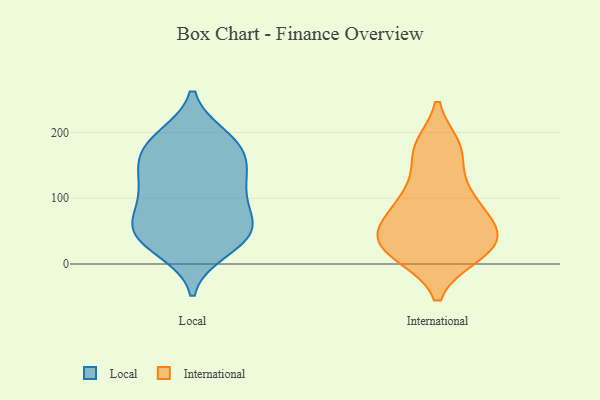
{"axis": {"x": "Page Views", "y": "Value"}, "legend": ["International", "Local"], "data": [{"x": "", "y": 112, "type": "Local"}, {"x": "", "y": 109, "type": "Local"}, {"x": "", "y": 21, "type": "Local"}, {"x": "", "y": 155, "type": "Local"}, {"x": "", "y": 193, "type": "Local"}, {"x": "", "y": 61, "type": "Local"}, {"x": "", "y": 181, "type": "Local"}, {"x": "", "y": 65, "type": "Local"}, {"x": "", "y": 181, "type": "Local"}, {"x": "", "y": 148, "type": "Local"}, {"x": "", "y": 190, "type": "Local"}, {"x": "", "y": 124, "type": "Local"}, {"x": "", "y": 33, "type": "Local"}, {"x": "", "y": 60, "type": "Local"}, {"x": "", "y": 149, "type": "Local"}, {"x": "", "y": 50, "type": "Local"}, {"x": "", "y": 53, "type": "Local"}, {"x": "", "y": 98, "type": "Local"}, {"x": "", "y": 31, "type": "Local"}, {"x": "", "y": 103, "type": "International"}, {"x": "", "y": 40, "type": "International"}, {"x": "", "y": 33, "type": "International"}, {"x": "", "y": 171, "type": "International"}, {"x": "", "y": 59, "type": "International"}, {"x": "", "y": 177, "type": "International"}, {"x": "", "y": 15, "type": "International"}, {"x": "", "y": 14, "type": "International"}, {"x": "", "y": 59, "type": "International"}, {"x": "", "y": 103, "type": "International"}]}